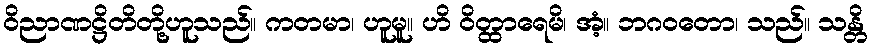
ဝိညာဏဋ္ဌိတိတို့ဟူသည်။ ကတမာ၊ ဟူမူ။ ဟိ ဝိတ္ထာရေမိ၊ အံ့။ ဘဂဝတော၊ သည်။ သန္တိ